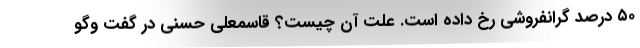
۵۰ درصد گرانفروشی رخ داده است. علت آن چیست؟ قاسمعلی حسنی در گفت وگو